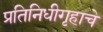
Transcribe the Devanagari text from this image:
प्रतिनिधीगृहाचे